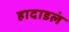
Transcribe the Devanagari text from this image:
हादाडलं